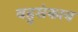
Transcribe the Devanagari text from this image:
बहुसंकाय